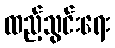
ထည့်သွင်းရေး